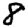
Digit: 8